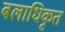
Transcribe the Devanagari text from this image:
बलाधिकृत